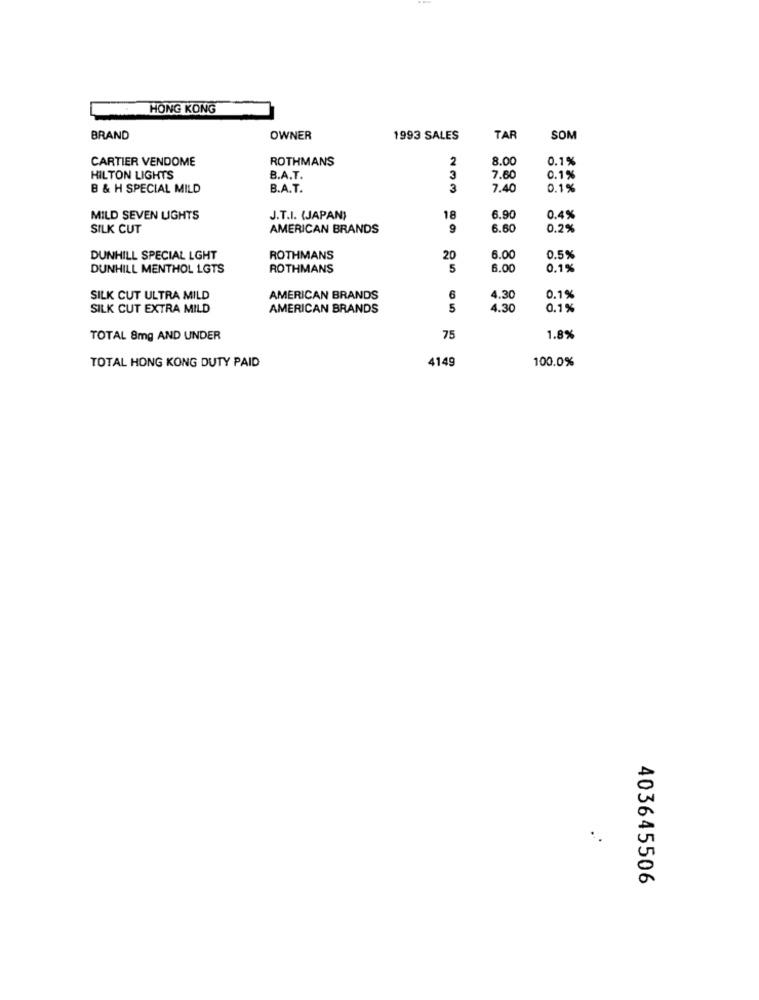
HONG KONG
BRAND
OWNER
1993 SALES
TAF
SOM
CARTIER VENDOME
ROTHMANS
2
8.00
0.1%
HILTON LIGHTS
B.A.T.
3
7.60
0.1%
B & H SPECIAL MILD
B.A.T.
3
7.40
0.1%
MILD SEVEN LIGHTS
J.T.I. (JAPAN)
18
6.90
0.4%
SILK CUT
AMERICAN BRANDS
9
6.60
0.2%
DUNHILL SPECIAL LGHT
ROTHMANS
20
6.00
0.5%
DUNHILL MENTHOL LGTS
ROTHMANS
5
6.00
0.1%
SILK CUT ULTRA MILD
AMERICAN BRANDS
6
4.30
0.1%
SILK CUT EXTRA MILD
AMERICAN BRANDS
5
4.30
0.1%
TOTAL 8mg AND UNDER
75
1.8%
TOTAL HONG KONG DUTY PAID
4149
100.0%
403645506